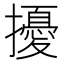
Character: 擾